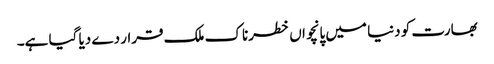
بھارت کو دنیا میں پانچواں خطرناک ملک قرار دے دیا گیا ہے۔